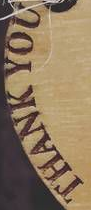
THANK YOU